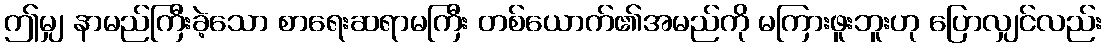
ဤမျှ နာမည်ကြီးခဲ့သော စာရေးဆရာမကြီး တစ်ယောက်၏အမည်ကို မကြားဖူးဘူးဟု ပြောလျှင်လည်း